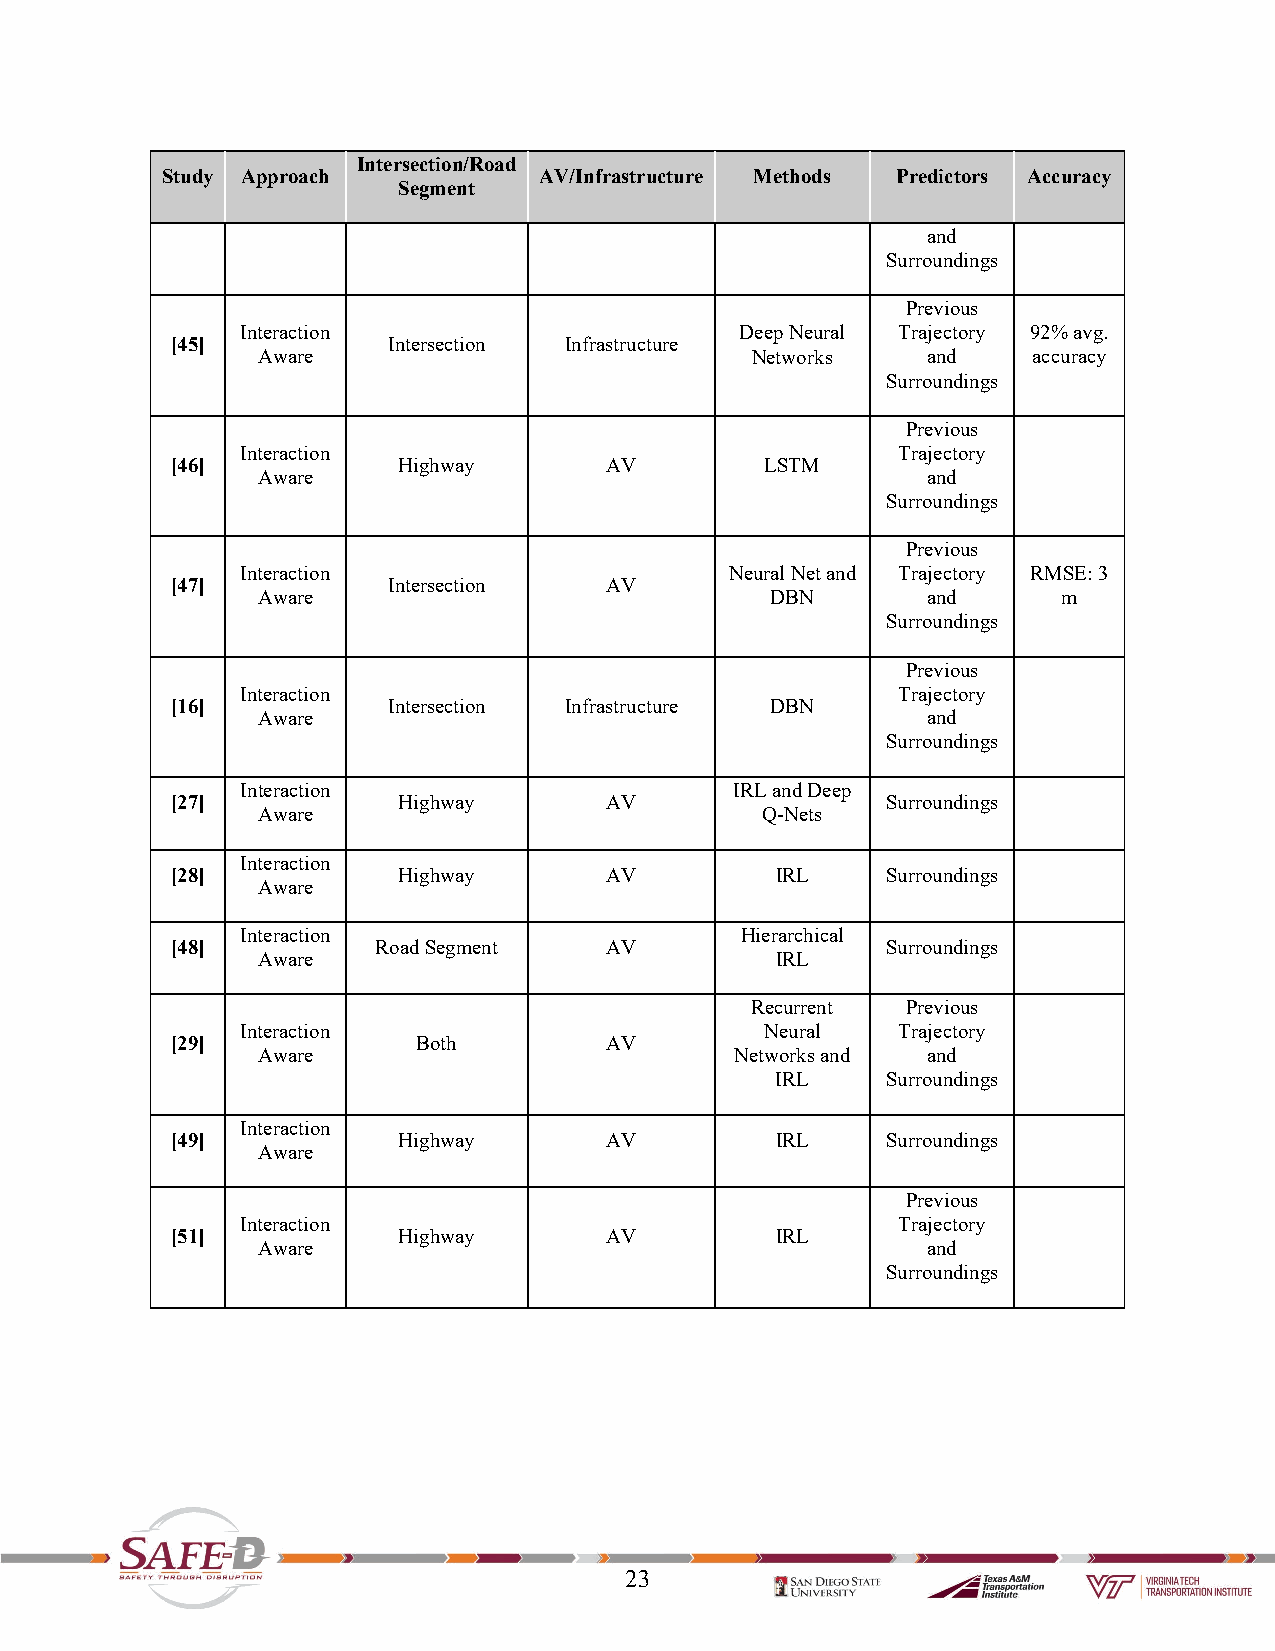
Intersection/Road
 Study Approach           AV/Infrastructure Methods Predictors Accuracy
 Segment
 and
 Surroundings
 Previous
 Interaction                      Deep Neural Trajectory 92% avg.
 [45]           Intersection Infrastructure
 Aware                            Networks   and    accuracy
 Surroundings
 Previous
 Interaction                                Trajectory
 [46]           Highway       AV         LSTM
 Aware                                       and
 Surroundings
 Previous
 Interaction                     Neural Net and Trajectory RMSE: 3
 [47]           Intersection  AV
 Aware                             DBN       and      m
 Surroundings
 Previous
 Interaction                                Trajectory
 [16]           Intersection Infrastructure DBN
 Aware                                       and
 Surroundings
 Interaction                      IRL and Deep
 [27]           Highway       AV                 Surroundings
 Aware                            Q-Nets
 Interaction
 [28]           Highway       AV         IRL     Surroundings
 Aware
 Interaction                      Hierarchical
 [48]          Road Segment   AV                 Surroundings
 Aware                             IRL
 Recurrent Previous
 Interaction                        Neural  Trajectory
 [29]             Both        AV
 Aware                           Networks and and
 IRL     Surroundings
 Interaction
 [49]           Highway       AV         IRL     Surroundings
 Aware
 Previous
 Interaction                                Trajectory
 [51]           Highway       AV         IRL
 Aware                                       and
 Surroundings
 23